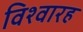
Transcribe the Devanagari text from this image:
विश्वारह